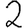
Digit: 2